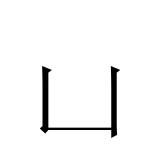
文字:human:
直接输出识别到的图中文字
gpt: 凵